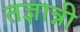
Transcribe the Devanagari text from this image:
तज्ञान्नी